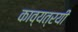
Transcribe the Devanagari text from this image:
काव्यत्रयी